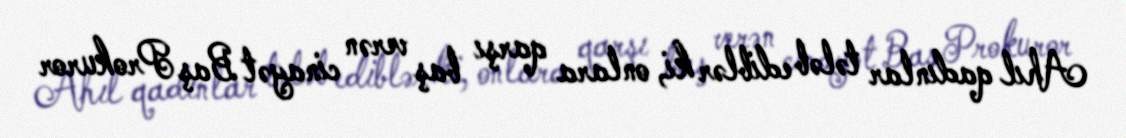
Ahıl qadınlar tələb ediblər ki, onlara qarşı baş verən cinayət Baş Prokuror